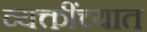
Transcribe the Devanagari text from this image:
व्यक्तींच्यात